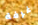
غرفة